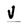
Character: v